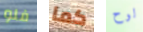
فلو كما لوح